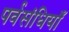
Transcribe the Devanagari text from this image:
पर्वसंधियाँ